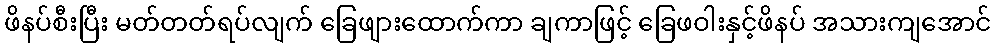
ဖိနပ်စီးပြီး မတ်တတ်ရပ်လျက် ခြေဖျားထောက်ကာ ချကာဖြင့် ခြေဖဝါးနှင့်ဖိနပ် အသားကျအောင်